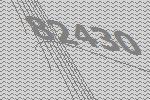
82430